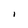
Character: l